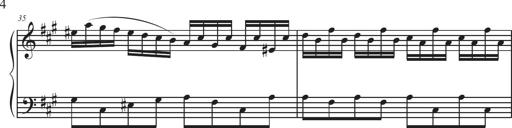
Title: Sonatina Espania
Composer: Jerald Franklin Archer
Key: Various